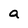
Character: a